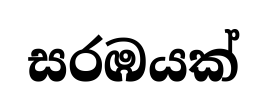
සරඹයක්